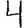
Digit: 4